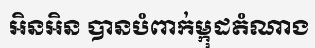
អិនអិន បានបំពាក់ម្កុដតំណាង